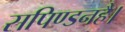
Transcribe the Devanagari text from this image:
सपिण्डनहै।